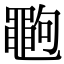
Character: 𪓞